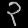
Digit: ၃